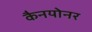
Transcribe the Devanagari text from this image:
कैनयोनर